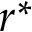
r ^ { * }